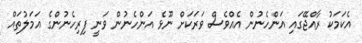
އެކަމަކު ރާއްޖޭގައި އަންހެނުން އެއްވެސް ވަރަކަށް ނޫޅެ އަންހެނުން ވަނީ ފިރިހެނުންގެ އަމަލުތައް